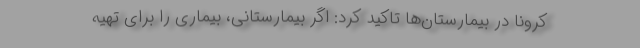
کرونا در بیمارستان‌ها تاکید کرد: اگر بیمارستانی، بیماری را برای تهیه